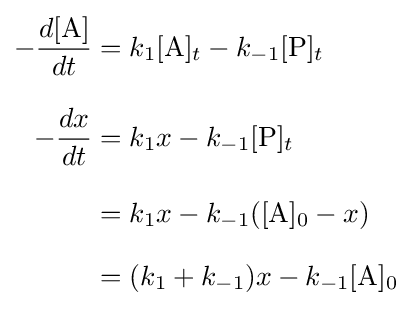
{\begin{aligned}-{\frac {d[{\ce {A}}]}{dt}}&={k_{1}[{\ce {A}}]_{t}}-{k_{-1}[{\ce {P}}]_{t}}\\[8pt]-{\frac {dx}{dt}}&={k_{1}x}-{k_{-1}[{\ce {P}}]_{t}}\\[8pt]&={k_{1}x}-{k_{-1}({\ce {[A]0}}-x)}\\[8pt]&={(k_{1}+k_{-1})x}-{k_{-1}{\ce {[A]0}}}\end{aligned}}